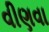
વીણવા